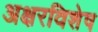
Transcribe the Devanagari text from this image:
अक्षरविशेष